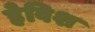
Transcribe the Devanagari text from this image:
हेविश